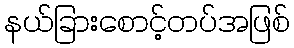
နယ်ခြားစောင့်တပ်အဖြစ်